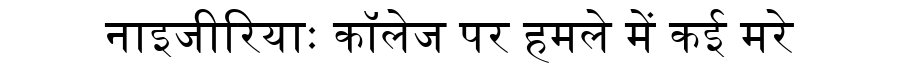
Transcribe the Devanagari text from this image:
नाइजीरियाः कॉलेज पर हमले में कई मरे